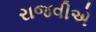
રાજવીએ